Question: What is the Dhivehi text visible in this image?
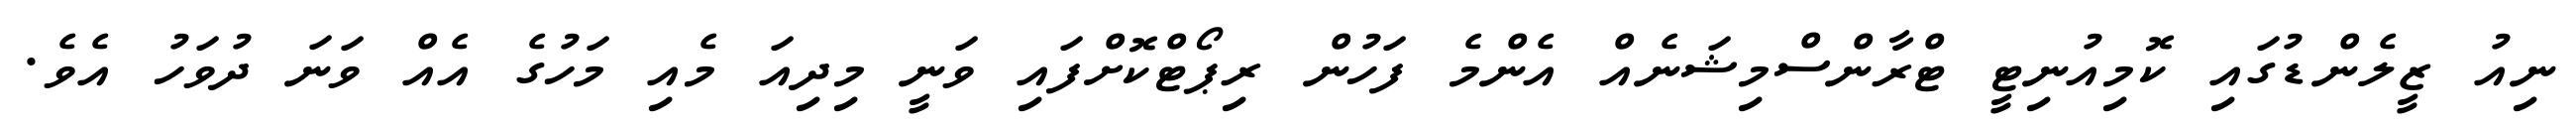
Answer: ނިއު ޒީލެންޑުގައި ކޮމިއުނިޓީ ޓްރާންސްމިޝަނެއް އެންމެ ފަހުން ރިޕޯޓްކޮށްފައި ވަނީ މިދިއަ މެއި މަހުގެ އެއް ވަނަ ދުވަހު އެވެ.